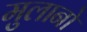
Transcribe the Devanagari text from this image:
मुलानो